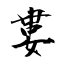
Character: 婁